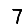
Digit: 7